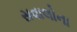
સવાલોના